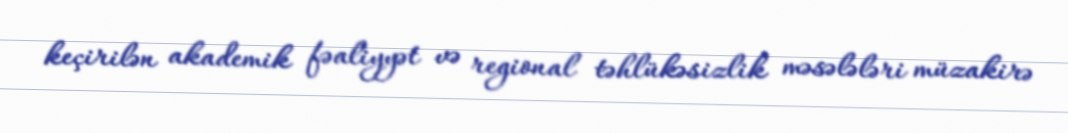
keçirilən akademik fəaliyyət və regional təhlükəsizlik məsələləri müzakirə